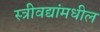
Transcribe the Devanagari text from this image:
स्त्रीवद्यांमधील